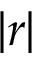
| r |